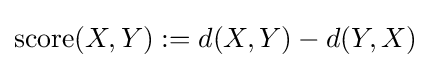
\operatorname {score} (X,Y):=d(X,Y)-d(Y,X)